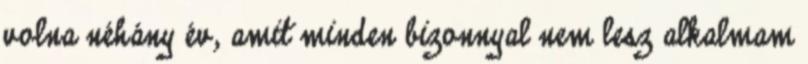
volna néhány év, amit minden bizonnyal nem lesz alkalmam